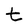
Character: t